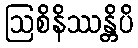
ဩစိနိဿန္တိပိ